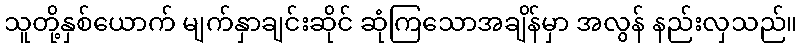
သူတို့နှစ်ယောက် မျက်နှာချင်းဆိုင် ဆုံကြသောအချိန်မှာ အလွန် နည်းလှသည်။